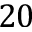
2 0